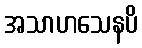
အသာဟသေနပိ